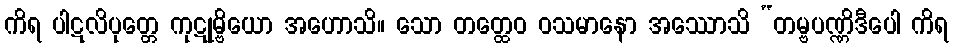
ကိရ ပါဋလိပုတ္တေ ကုဋုမ္ဗိယော အဟောသိ။ သော တတ္ထေဝ ဝသမာနော အဿောသိ “တမ္ဗပဏ္ဏိဒီပေါ ကိရ